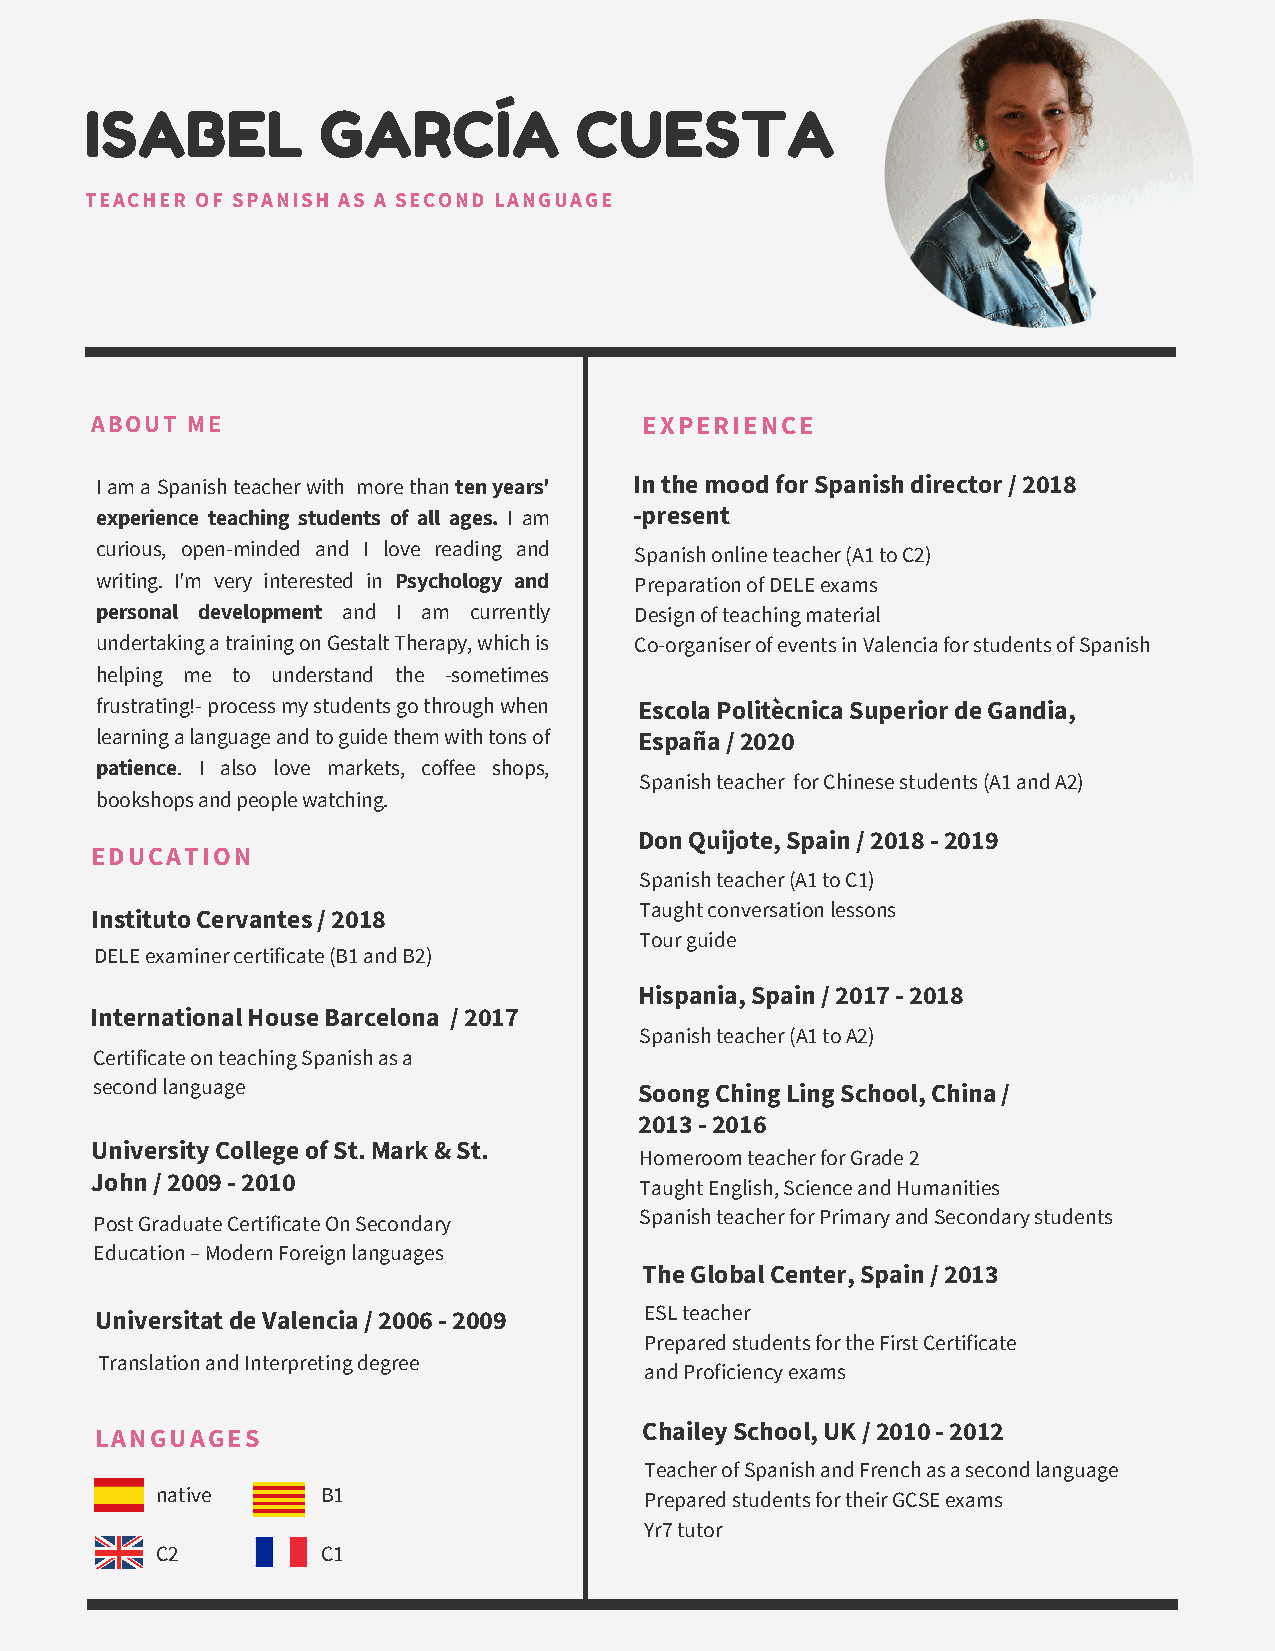
ISABEL         GARCÍA           CUESTA
 TEACHER OF SPANISH AS A SECOND LANGUAGE
 ABOUT ME                             EXPERIENCE
 I am a Spanish teacher with more than ten years' In the mood for Spanish director / 2018
 experience teaching students of all ages. I am -present
 curious, open-minded and I love reading and Spanish online teacher (A1 to C2)
 writing. I'm very interested in Psychology and Preparation of DELE exams
 personal development and I am currently Design of teaching material
 undertaking a training on Gestalt Therapy, which is Co-organiser of events in Valencia for students of Spanish
 helping me to understand the -sometimes
 frustrating!- process my students go through when Escola Politècnica Superior de Gandia,
 learning a language and to guide them with tons of España / 2020
 patience. I also love markets, coffee shops,
 Spanish teacher for Chinese students (A1 and A2)
 bookshops and people watching.
 Don Quijote, Spain / 2018 - 2019
 EDUCATION
 Spanish teacher (A1 to C1)
 Taught conversation lessons
 Instituto Cervantes / 2018
 Tour guide
 DELE examiner certificate (B1 and B2)
 Hispania, Spain / 2017 - 2018
 International House Barcelona / 2017
 Spanish teacher (A1 to A2)
 Certificate on teaching Spanish as a
 second language                     Soong Ching Ling School, China /
 2013 - 2016
 University College of St. Mark & St.
 Homeroom teacher for Grade 2
 John / 2009 - 2010
 Taught English, Science and Humanities
 Spanish teacher for Primary and Secondary students
 Post Graduate Certificate On Secondary
 Education – Modern Foreign languages
 The Global Center, Spain / 2013
 Universitat de Valencia / 2006 - 2009 ESL teacher
 Prepared students for the First Certificate
 Translation and Interpreting degree
 and Proficiency exams
 Chailey School, UK / 2010 - 2012
 LANGUAGES
 Teacher of Spanish and French as a second language
 native     B1                    Prepared students for their GCSE exams
 Yr7 tutor
 C2         C1